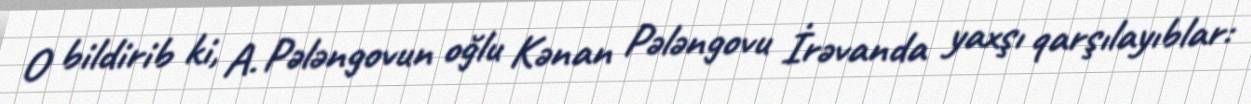
O bildirib ki, A. Pələngovun oğlu Kənan Pələngovu İrəvanda yaxşı qarşılayıblar: